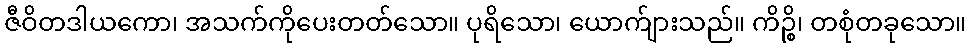
ဇီဝိတဒါယကော၊ အသက်ကိုပေးတတ်သော။ ပုရိသော၊ ယောက်ျားသည်။ ကိဉ္စိ၊ တစုံတခုသော။